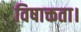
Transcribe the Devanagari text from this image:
विषाक्तता।